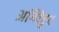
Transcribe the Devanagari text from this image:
अग्निष्टुत